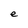
Character: e